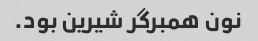
نون همبرگر شیرین بود.